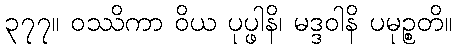
၃၇၇။ ဝဿိကာ ဝိယ ပုပ္ဖါနိ၊ မဒ္ဒဝါနိ ပမုဉ္စတိ။